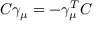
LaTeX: C \gamma _ { \mu } = - \gamma _ { \mu } ^ { T } C